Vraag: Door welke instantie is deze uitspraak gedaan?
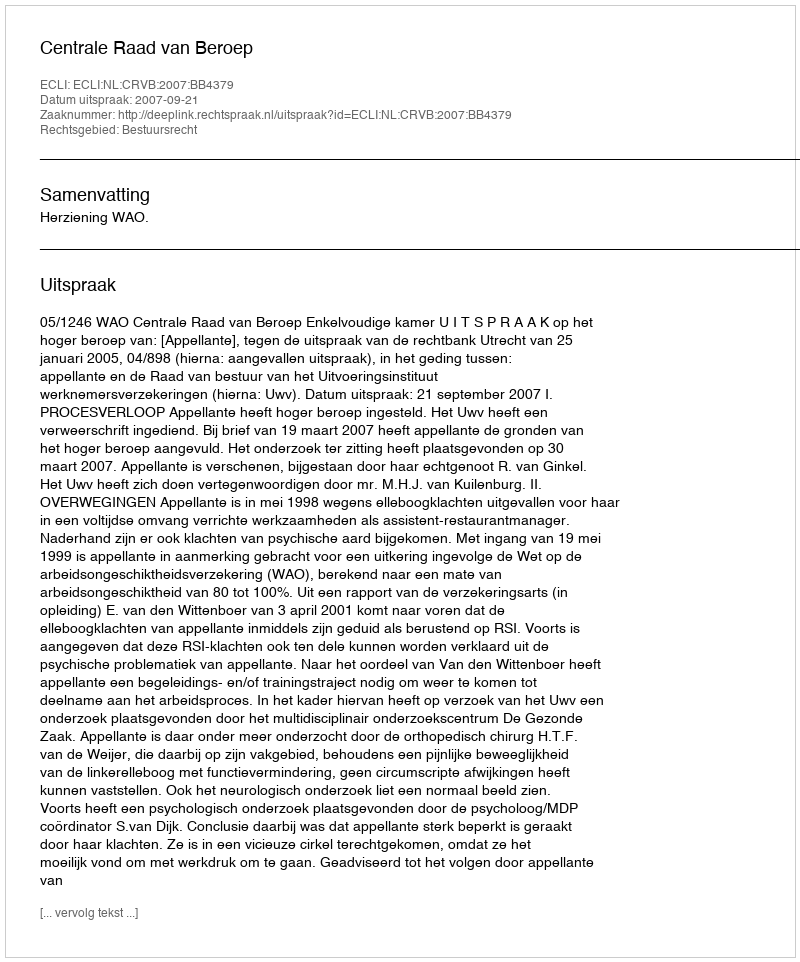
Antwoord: Centrale Raad van Beroep